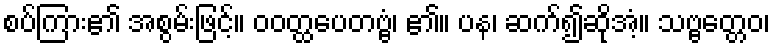
စပ်ကြား၏ အစွမ်းဖြင့်။ ဝဝတ္ထပေတဗ္ဗံ၊ ၏။ ပန၊ ဆက်၍ဆိုအံ့။ သဗ္ဗတ္တေဝ၊